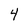
Character: 4